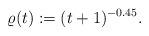
LaTeX: \begin{align*}\varrho(t):=(t+1)^{-0.45}.\end{align*}